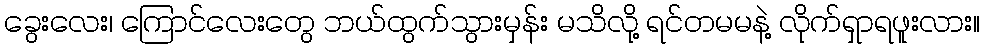
ခွေးလေး၊ ကြောင်လေးတွေ ဘယ်ထွက်သွားမှန်း မသိလို့ ရင်တမမနဲ့ လိုက်ရှာရဖူးလား။